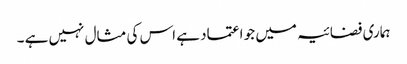
ہماری فضائیہ میں جو اعتماد ہے اس کی مثال نہیں ہے ۔